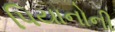
પિયાનોની